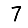
Digit: 7